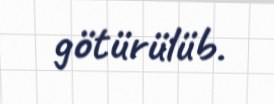
götürülüb.